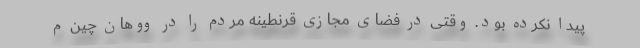
پیدا نکرده بود. وقتی در فضای مجازی قرنطینه مردم را در ووهان چین م